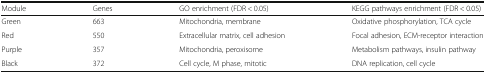
<table><thead><tr><td><b>Module</b></td><td><b>Genes</b></td><td><b>GO enrichment (FDR &lt; 0.05)</b></td><td><b>KEGG pathways enrichment (FDR &lt; 0.05)</b></td></tr></thead><tbody><tr><td>Green</td><td>663</td><td>Mitochondria, membrane</td><td>Oxidative phosphorylation, TCA cycle</td></tr><tr><td>Red</td><td>550</td><td>Extracellular matrix, cell adhesion</td><td>Focal adhesion, ECM-receptor interaction</td></tr><tr><td>Purple</td><td>357</td><td>Mitochondria, peroxisome</td><td>Metabolism pathways, insulin pathway</td></tr><tr><td>Black</td><td>372</td><td>Cell cycle, M phase, mitotic</td><td>DNA replication, cell cycle</td></tr></tbody></table>